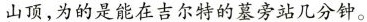
山顶，为的是能在吉尔特的墓旁站几分钟。